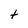
Character: t